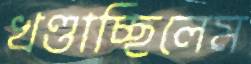
খণ্ডাচ্ছিলেম